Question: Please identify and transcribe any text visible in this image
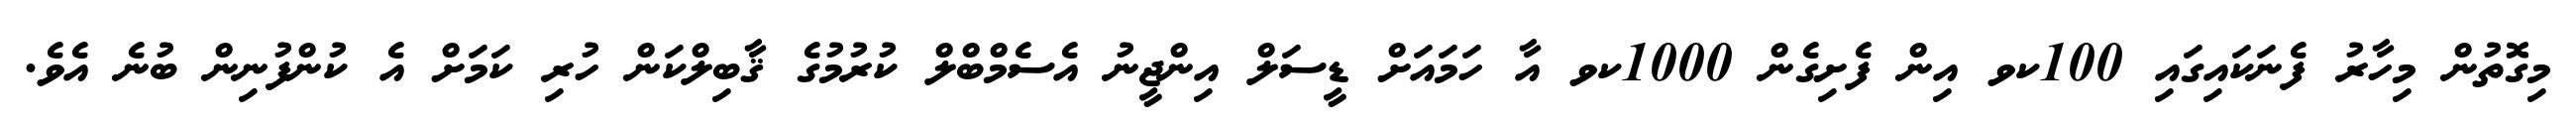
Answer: މިގޮތުން މިހާރު ފެނަކައިގައި 100ކވ އިން ފެށިގެން 1000ކވ އާ ހަމައަށް ޑީސަލް އިންޖީނު އެސެމްބްލް ކުރުމުގެ ޤާބިލްކަން ހުރި ކަމަށް އެ ކުންފުނިން ބުނެ އެވެ.